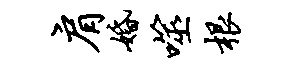
肩婚噬根